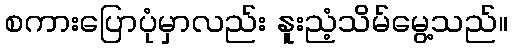
စကားပြောပုံမှာလည်း နူးညံ့သိမ်မွေ့သည်။